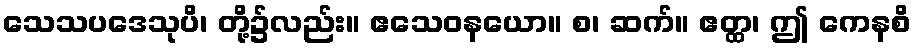
သေသပဒေသုပိ၊ တို့၌လည်း။ ဧသေဝနယော။ စ၊ ဆက်။ ဧတ္ထ၊ ဤ ကေနစိ